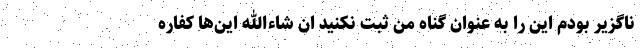
ناگزیر بودم این را به عنوان گناه من ثبت نکنید ان شاءالله این‌ها کفاره